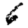
Digit: 6